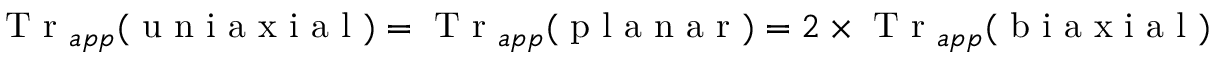
\mathrm { ~ T ~ r ~ } _ { a p p } ( \mathrm { ~ u ~ n ~ i ~ a ~ x ~ i ~ a ~ l ~ } ) = \mathrm { ~ T ~ r ~ } _ { a p p } ( \mathrm { ~ p ~ l ~ a ~ n ~ a ~ r ~ } ) = 2 \times \mathrm { ~ T ~ r ~ } _ { a p p } ( \mathrm { ~ b ~ i ~ a ~ x ~ i ~ a ~ l ~ } )